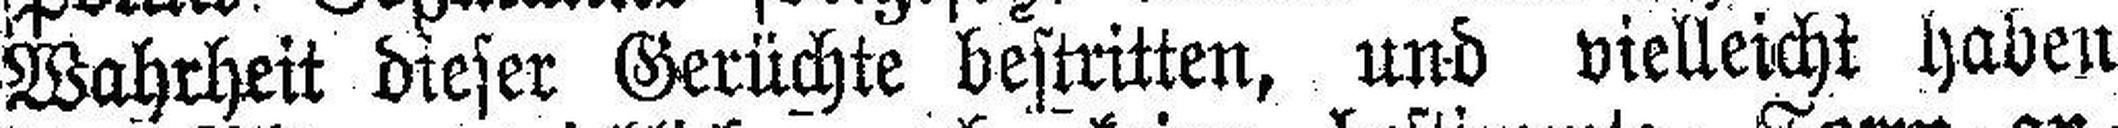
Wahrheit dieser Gerüchte bestritten, und vielleicht haben